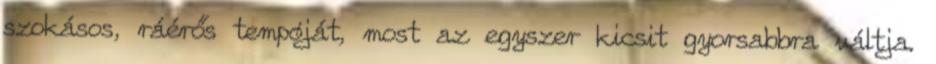
szokásos, ráérős tempóját, most az egyszer kicsit gyorsabbra váltja.